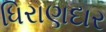
ધિરાણદાર